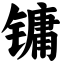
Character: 镛